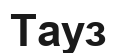
Тауз